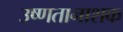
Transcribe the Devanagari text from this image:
उष्णतानाशक